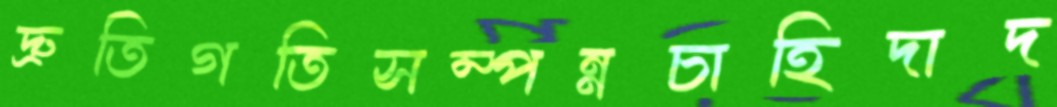
দ্রুতিগতিসম্পন্নচাহিদাদ